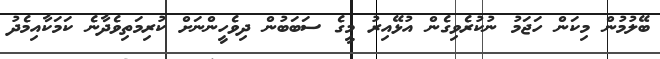
ބޭލުމުން މިކަން ހަޖަމު ނުކުރެވިގެން އުޅޭއިރު މީގެ ސަބަބުން ދިވެހީންނަށް ކުރިމަތިވެދާނެ ކަމަކާއިމެދު